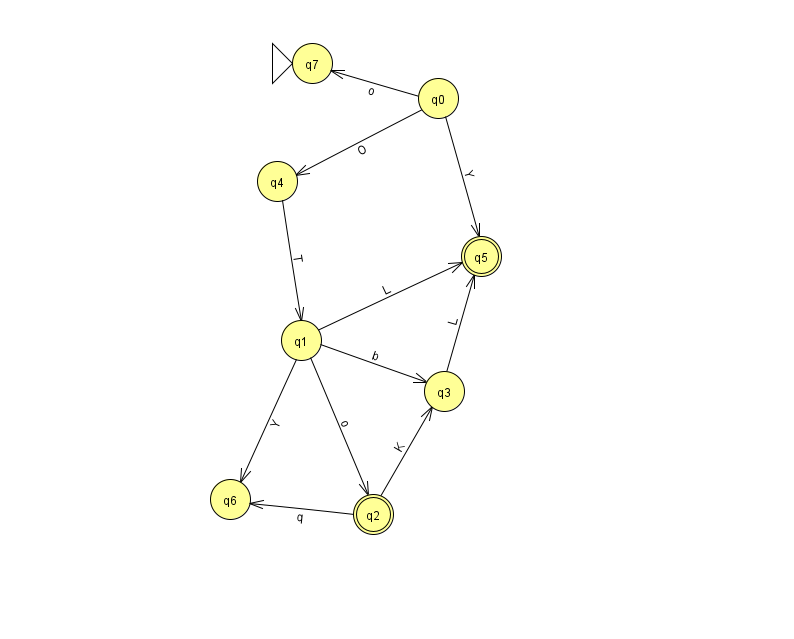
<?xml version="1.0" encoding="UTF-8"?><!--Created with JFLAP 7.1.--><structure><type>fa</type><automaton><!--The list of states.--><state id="0" name="q0"><x>438.0</x><y>85.0</y></state><state id="1" name="q1"><x>301.0</x><y>327.0</y></state><state id="2" name="q2"><x>373.0</x><y>501.0</y><final/></state><state id="3" name="q3"><x>444.0</x><y>378.0</y></state><state id="4" name="q4"><x>277.0</x><y>168.0</y></state><state id="5" name="q5"><x>481.0</x><y>243.0</y><final/></state><state id="6" name="q6"><x>230.0</x><y>486.0</y></state><state id="7" name="q7"><x>312.0</x><y>50.0</y><initial/></state><!--The list of transitions.--><transition><from>3</from><to>5</to><read>L</read></transition><transition><from>1</from><to>3</to><read>b</read></transition><transition><from>1</from><to>5</to><read>L</read></transition><transition><from>0</from><to>7</to><read>o</read></transition><transition><from>1</from><to>6</to><read>Y</read></transition><transition><from>1</from><to>2</to><read>o</read></transition><transition><from>2</from><to>6</to><read>q</read></transition><transition><from>0</from><to>4</to><read>O</read></transition><transition><from>2</from><to>3</to><read>K</read></transition><transition><from>0</from><to>5</to><read>Y</read></transition><transition><from>4</from><to>1</to><read>T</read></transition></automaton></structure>